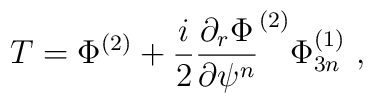
T = \Phi^{(2)} +\frac{i}{2} \frac{\partial_r\Phi}{\partial\psi^n}^{(2)}\Phi^{(1)}_{3n}\,\,,